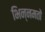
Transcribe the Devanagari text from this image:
भिन्नमतों